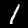
Digit: 1